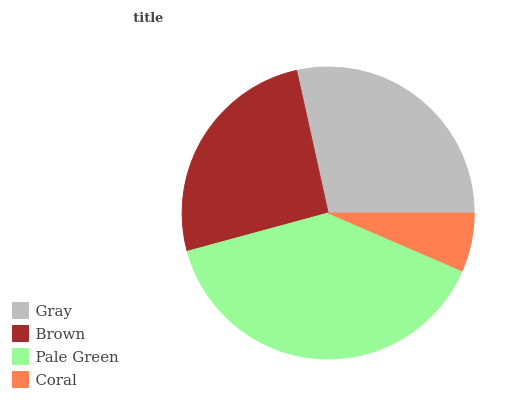
| Gray | Brown | Pale Green | Coral |
 | --- | --- | --- | --- |
 | 28.5% | 25.8% | 39.3% | 6.47% |